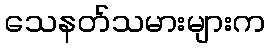
သေနတ်သမားများက